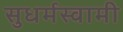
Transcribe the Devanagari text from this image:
सुधर्मस्वामी